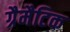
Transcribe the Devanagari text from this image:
ग्रैमैटिक